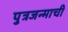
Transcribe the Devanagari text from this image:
पुत्रजन्माची